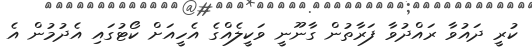
ކުރީ ދައުވާ ރައްދުވާ ފަރާތުން ގާނޫނީ ވަކީލެއްގެ އެހީއަށް ކޯޓުގައި އެދުމުން އެ